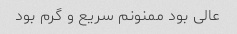
عالی بود ممنونم سریع و گرم بود